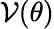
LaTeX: {\cal V}(\theta)